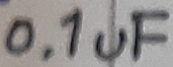
Text: 0.1uF